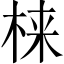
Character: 梾